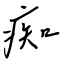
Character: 痴